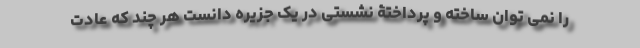
را نمی توان ساخته و پرداختۀ نشستی در یک جزیره دانست هر چند که عادت